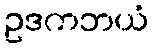
ဥဒကဘယံ